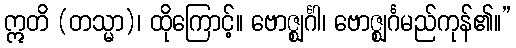
ဣတိ (တသ္မာ)၊ ထိုကြောင့်။ ဗောဇ္ဈင်္ဂါ၊ ဗောဇ္ဈင်္ဂမည်ကုန်၏။”